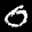
Label: 0